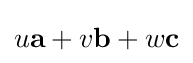
u{\bf {a}}+v{\bf {b}}+w{\bf {c}}